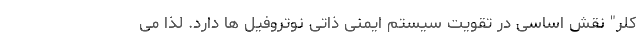
کلر" نقش اساسی در تقویت سیستم ایمنی ذاتی نوتروفیل ها دارد. لذا می